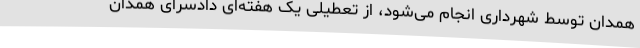
همدان توسط شهرداری انجام می‌شود، از تعطیلی یک هفته‌ای دادسرای همدان